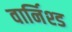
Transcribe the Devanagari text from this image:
वार्निश्ड